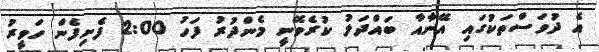
އެ ދުވަސްތަކުގައި އޭނާއާ ބައްދަލު ކުރެވޭނީ މެންދުރު ފަހު 2:00 ފެށިފެން ހަވީރު